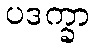
ပဒက္ခာ